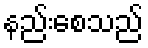
နည်းစေသည်